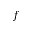
f